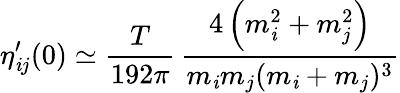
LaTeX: \eta_{\mathit{i}j}^{\prime}(0)\simeq{\frac{{T}}{{192\pi}}}\, {\frac{{4\left(m_{\mathit{i}}^{2}+m_{j}^{2}\right)}}{{m_{\mathit{i}}m_{j}(m_{\mathit{i}}+m_{j})^{3}}}}